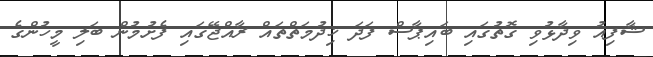
ޝާފިއު ވިދާޅުވި ގޮތުގައި ބައިޕާސް ފަދަ ޚިދުމަތްތައް ރާއްޖޭގައި ފެށުމުން ބަލި މީހުންގެ